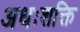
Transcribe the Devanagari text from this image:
अधःशक्ति